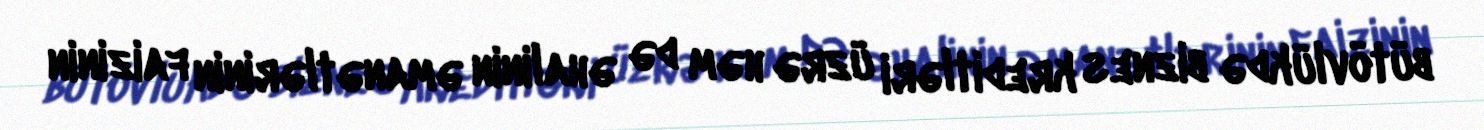
bütövlükdə biznes kreditləri üzrə həm də əhalinin əmanətlərinin faizinin